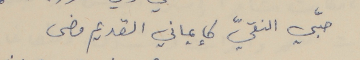
حبّي النقيّ كإيماني القديم مضى